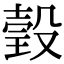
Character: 瑴